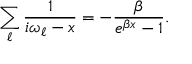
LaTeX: \sum _ { \ell } \frac { 1 } { i \omega _ { \ell } - x } = - \frac { \beta } { e ^ { \beta x } - 1 } .